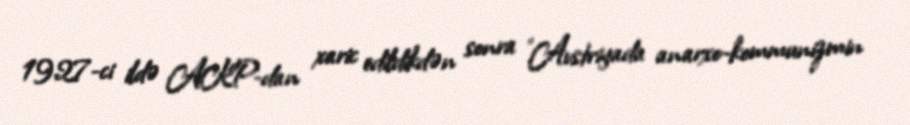
1927-ci ildə AKP-dan xaric edildikdən sonra "Avstriyada anarxo-kommunizmin